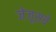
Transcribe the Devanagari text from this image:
जेजूसचे